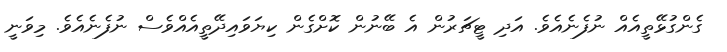
ގެންގުޅޭތީއެއް ނުފެނެއެވެ. އަދި ޓީޗަރުން އެ ބޭނުން ކޮށްގެން ކިޔަވައިދޭތީއެއްވެސް ނުފެނެއެވެ. މިވަނީ